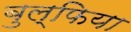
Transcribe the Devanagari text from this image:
बुल्फिया